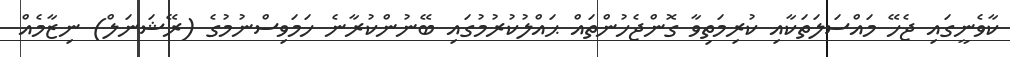
ކާވެނީގައި ޖެހޭ މައްސަލަތަކާއި ކުރިމަތިވާ ގޮންޖެހުންތައް ޙައްލުކުރުމުގައި ބޭނުންކުރާނެ ހަމަވިސްނުމުގެ (ރޭޝަނަލް) ނިޒާމެއް